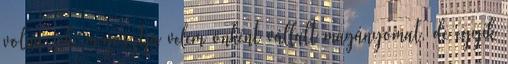
volna, aki megosztja velem önként vállalt magányomat, de egyik